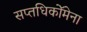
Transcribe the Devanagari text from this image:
सप्तधिकाॅेमेना